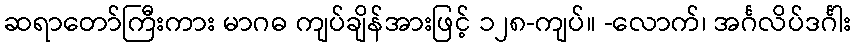
ဆရာတော်ကြီးကား မာဂဓ ကျပ်ချိန်အားဖြင့် ၁၂၈-ကျပ်။ -လောက်၊ အင်္ဂလိပ်ဒင်္ဂါး